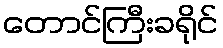
တောင်ကြီးခရိုင်